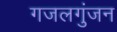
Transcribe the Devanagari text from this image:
गजलगुंजन